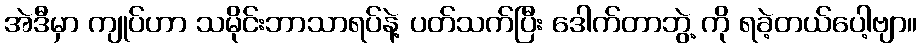
အဲဒီမှာ ကျုပ်ဟာ သမိုင်းဘာသာရပ်နဲ့ ပတ်သက်ပြီး ဒေါက်တာဘွဲ့ ကို ရခဲ့တယ်ပေါ့ဗျာ။